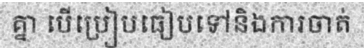
គ្នា បើប្រៀបធៀបទៅនិងការចាត់